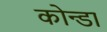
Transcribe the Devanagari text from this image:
कोन्डा